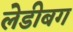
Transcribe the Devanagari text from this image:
लेडीबग